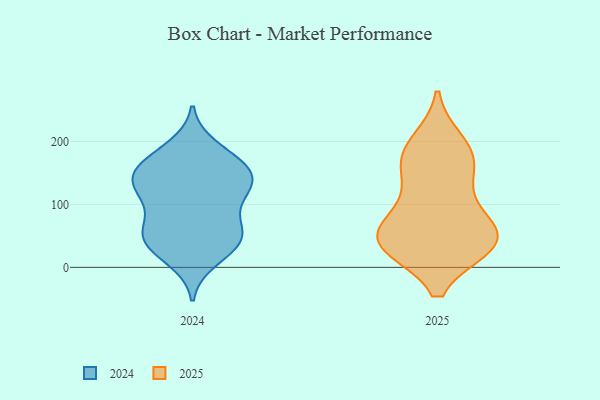
{"axis": {"x": "Market Share (%)", "y": "Value"}, "legend": ["2024", "2025"], "data": [{"x": "", "y": 51, "type": "2024"}, {"x": "", "y": 164, "type": "2024"}, {"x": "", "y": 134, "type": "2024"}, {"x": "", "y": 12, "type": "2024"}, {"x": "", "y": 191, "type": "2024"}, {"x": "", "y": 119, "type": "2024"}, {"x": "", "y": 180, "type": "2024"}, {"x": "", "y": 47, "type": "2024"}, {"x": "", "y": 154, "type": "2024"}, {"x": "", "y": 25, "type": "2024"}, {"x": "", "y": 129, "type": "2024"}, {"x": "", "y": 102, "type": "2024"}, {"x": "", "y": 154, "type": "2024"}, {"x": "", "y": 65, "type": "2024"}, {"x": "", "y": 149, "type": "2024"}, {"x": "", "y": 42, "type": "2024"}, {"x": "", "y": 62, "type": "2024"}, {"x": "", "y": 45, "type": "2024"}, {"x": "", "y": 139, "type": "2024"}, {"x": "", "y": 108, "type": "2024"}, {"x": "", "y": 38, "type": "2025"}, {"x": "", "y": 35, "type": "2025"}, {"x": "", "y": 53, "type": "2025"}, {"x": "", "y": 198, "type": "2025"}, {"x": "", "y": 128, "type": "2025"}, {"x": "", "y": 38, "type": "2025"}, {"x": "", "y": 38, "type": "2025"}, {"x": "", "y": 167, "type": "2025"}, {"x": "", "y": 68, "type": "2025"}, {"x": "", "y": 88, "type": "2025"}, {"x": "", "y": 165, "type": "2025"}, {"x": "", "y": 184, "type": "2025"}, {"x": "", "y": 35, "type": "2025"}]}